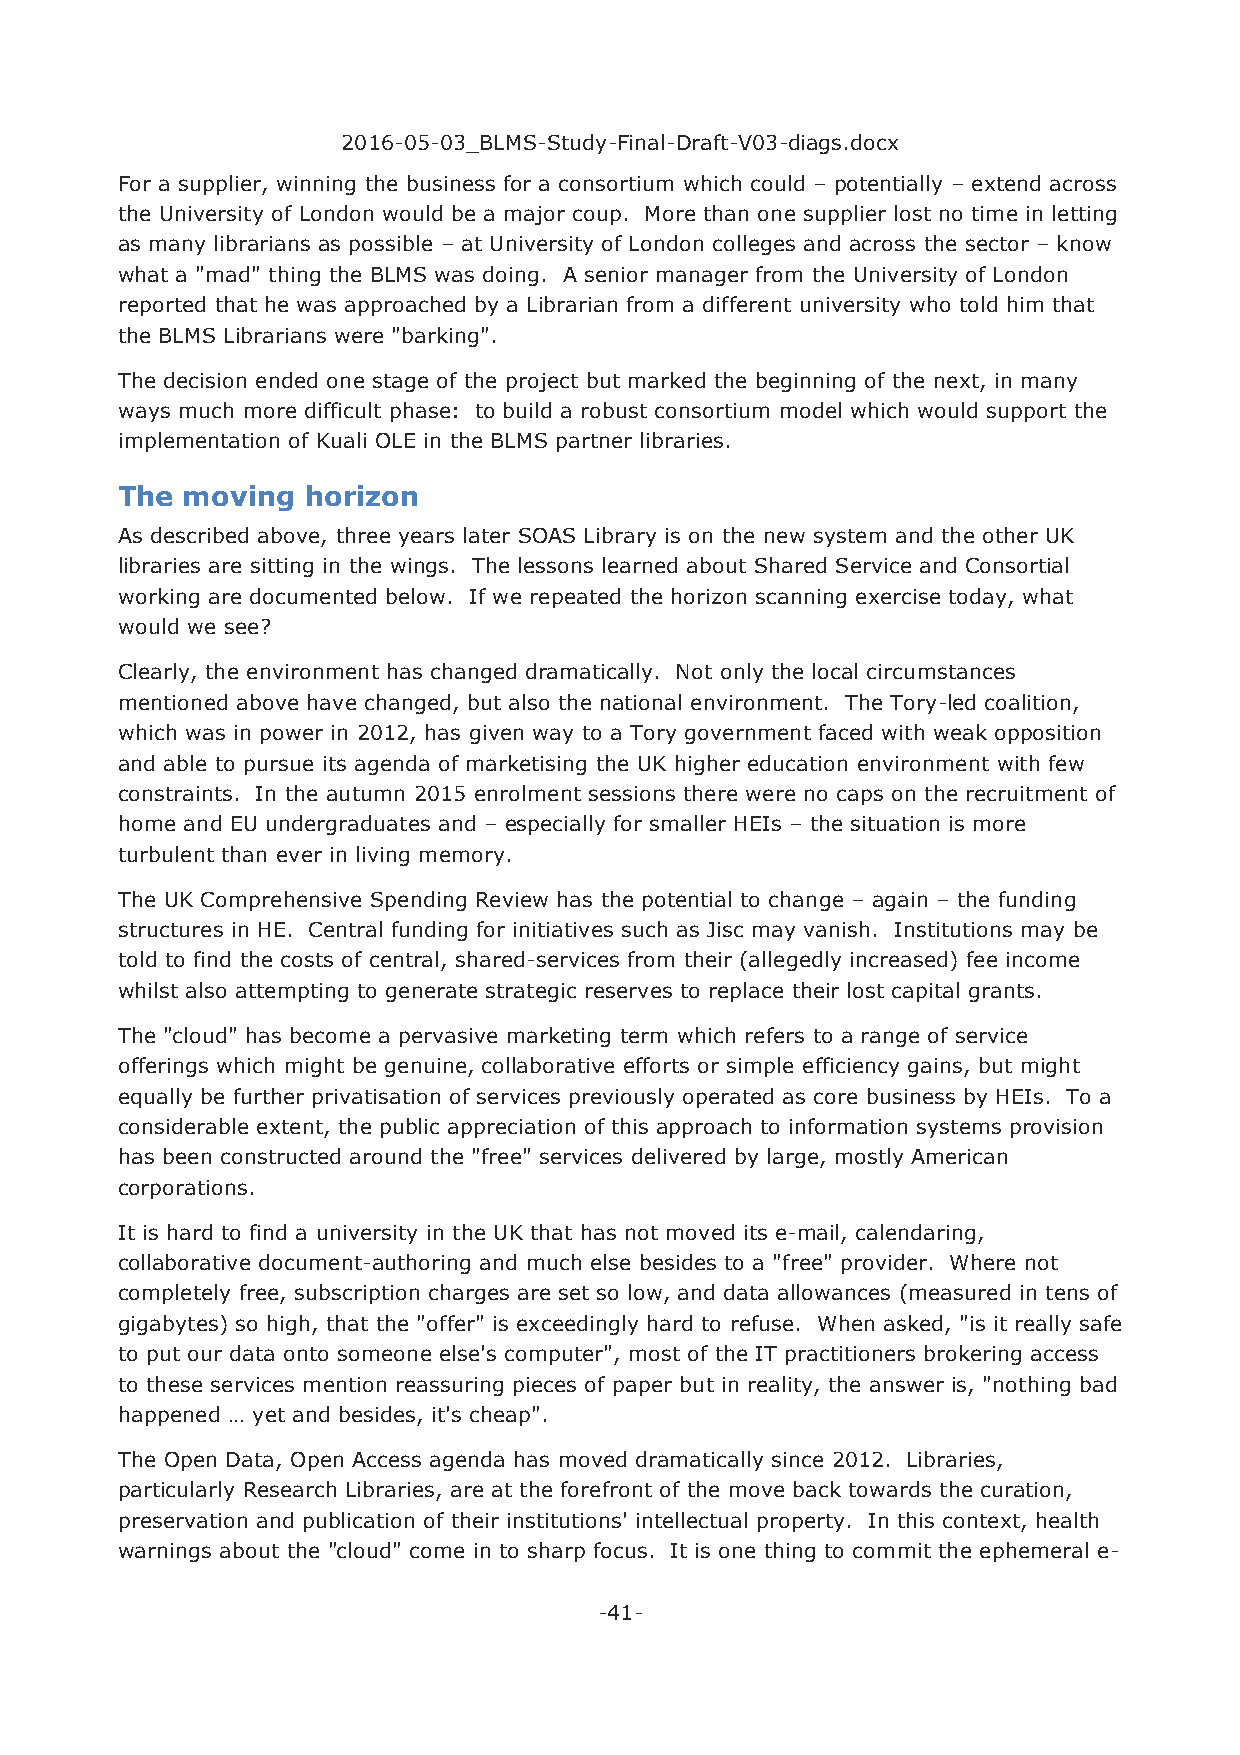
2016-05-03_BLMS-Study-Final-Draft-V03-diags.docx
 For a supplier, winning the business for a consortium which could – potentially – extend across
 the University of London would be a major coup. More than one supplier lost no time in letting
 as many librarians as possible – at University of London colleges and across the sector – know
 what a "mad" thing the BLMS was doing. A senior manager from the University of London
 reported that he was approached by a Librarian from a different university who told him that
 the BLMS Librarians were "barking".
 The decision ended one stage of the project but marked the beginning of the next, in many
 ways much more difficult phase: to build a robust consortium model which would support the
 implementation of Kuali OLE in the BLMS partner libraries.
 The moving  horizon
 As described above, three years later SOAS Library is on the new system and the other UK
 libraries are sitting in the wings. The lessons learned about Shared Service and Consortial
 working are documented below. If we repeated the horizon scanning exercise today, what
 would we see?
 Clearly, the environment has changed dramatically. Not only the local circumstances
 mentioned above have changed, but also the national environment. The Tory-led coalition,
 which was in power in 2012, has given way to a Tory government faced with weak opposition
 and able to pursue its agenda of marketising the UK higher education environment with few
 constraints. In the autumn 2015 enrolment sessions there were no caps on the recruitment of
 home and EU undergraduates and – especially for smaller HEIs – the situation is more
 turbulent than ever in living memory.
 The UK Comprehensive Spending Review has the potential to change – again – the funding
 structures in HE. Central funding for initiatives such as Jisc may vanish. Institutions may be
 told to find the costs of central, shared-services from their (allegedly increased) fee income
 whilst also attempting to generate strategic reserves to replace their lost capital grants.
 The "cloud" has become a pervasive marketing term which refers to a range of service
 offerings which might be genuine, collaborative efforts or simple efficiency gains, but might
 equally be further privatisation of services previously operated as core business by HEIs. To a
 considerable extent, the public appreciation of this approach to information systems provision
 has been constructed around the "free" services delivered by large, mostly American
 corporations.
 It is hard to find a university in the UK that has not moved its e-mail, calendaring,
 collaborative document-authoring and much else besides to a "free" provider. Where not
 completely free, subscription charges are set so low, and data allowances (measured in tens of
 gigabytes) so high, that the "offer" is exceedingly hard to refuse. When asked, "is it really safe
 to put our data onto someone else's computer", most of the IT practitioners brokering access
 to these services mention reassuring pieces of paper but in reality, the answer is, "nothing bad
 happened … yet and besides, it's cheap".
 The Open Data, Open Access agenda has moved dramatically since 2012. Libraries,
 particularly Research Libraries, are at the forefront of the move back towards the curation,
 preservation and publication of their institutions' intellectual property. In this context, health
 warnings about the "cloud" come in to sharp focus. It is one thing to commit the ephemeral e-
 -41-